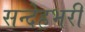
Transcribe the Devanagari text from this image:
सन्देहभरी